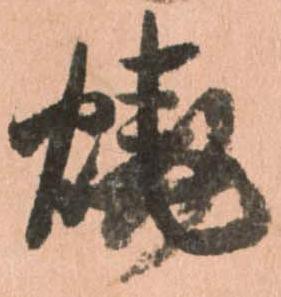
焼